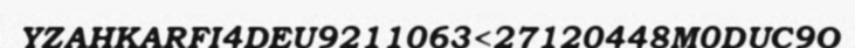
YZAHKARFI4DEU9211063<27120448M0DUC9O